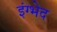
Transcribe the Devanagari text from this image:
इंग्भेद